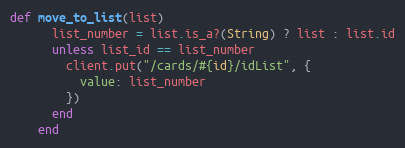
Language: Ruby
def move_to_list(list)
      list_number = list.is_a?(String) ? list : list.id
      unless list_id == list_number
        client.put("/cards/#{id}/idList", {
          value: list_number
        })
      end
    end